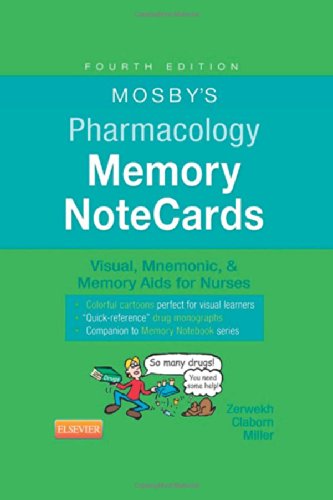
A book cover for Mosby's Pharmacology Memory NoteCards: Visual, Mnemonic, and Memory Aids for Nurses, 4e; JoAnn Zerwekh MSN  EdD  RN; Test Preparation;